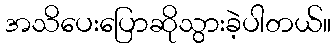
အသိပေးပြောဆိုသွားခဲ့ပါတယ်။